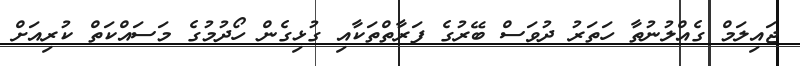
ޖައިލަމް ގެއްލުނުތާ ހަތަރު ދުވަސް ބޭރުގެ ފަރާތްތަކާއި ގުޅިގެން ހޯދުމުގެ މަސައްކަތް ކުރިއަށް